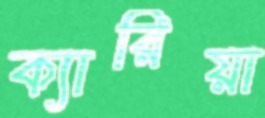
ক্যারিয়া